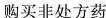
购买非处方药